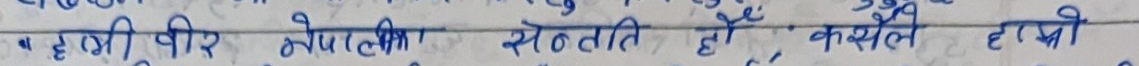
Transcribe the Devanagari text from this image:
* हरुभीर नेपाली से उठति हो , कसैले हरायो